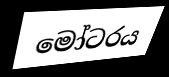
මෝටරය